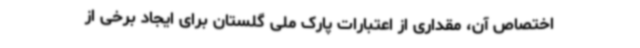
اختصاص آن، مقداری از اعتبارات پارک ملی گلستان برای ایجاد برخی از